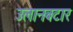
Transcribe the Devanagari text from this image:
उलानबटार